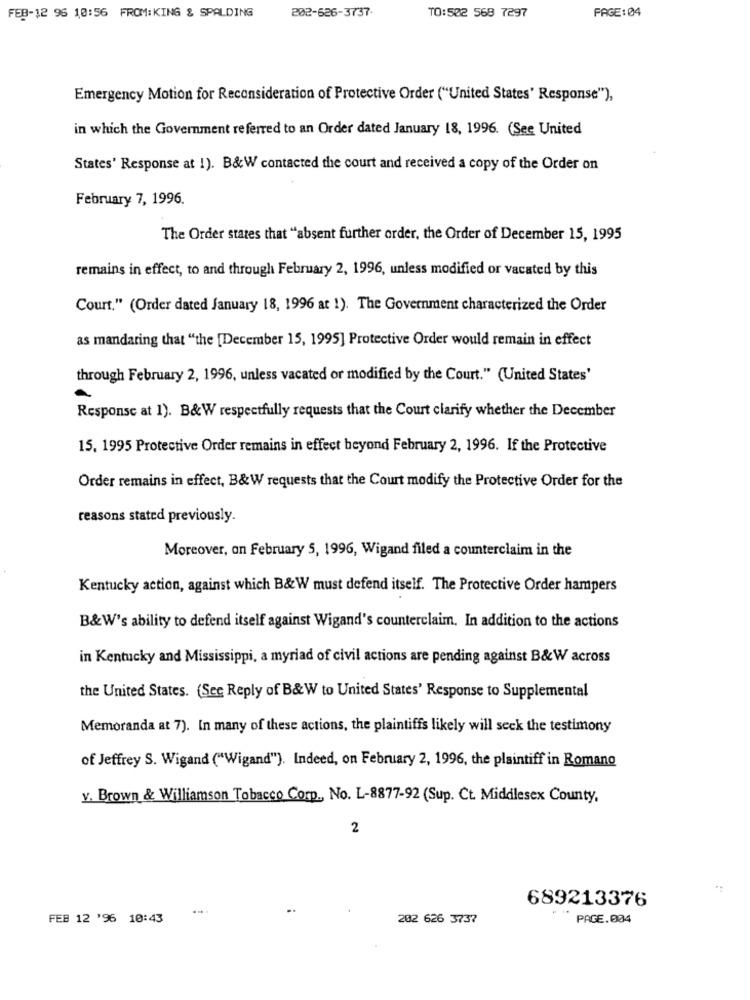
202-626-3737-
PAGE: 04
FEB-12 96 10:56 FROM:KING & SPALDING
TO:502 568 7297
Emergency Motion for Reconsideration of Protective Order ("United States' Response"),
in which the Government referred to an Order dated January 18, 1996. (See United
States' Response at 1). B&W contacted the court and received a copy of the Order on
February 7, 1996.
The Order states that "absent further order, the Order of December 15, 1995
remains in effect, to and through February 2, 1996, unless modified or vacated by this
Court." (Order dated January 18, 1996 at 1). The Government characterized the Order
as mandaring that "the [December 15, 1995] Protective Order would remain in effect
through February 2, 1996, unless vacated or modified by the Court." (United States'
Response at 1). B&W respectfully requests that the Court clarify whether the December
15. 1995 Protective Order remains in effect beyond February 2, 1996. If the Protective
Order remains in effect, B&W requests that the Court modify the Protective Order for the
reasons stated previously.
Moreover, on February 5, 1996, Wigand filed a counterclaim in the
Kentucky action, against which B&W must defend itself. The Protective Order hampers
B&W's ability to defend itself against Wigand's counterclaim. In addition to the actions
in Kentucky and Mississippi, a myriad of civil actions are pending against B&W across
the United States. (Sec Reply of B&W to United States' Response to Supplemental
Memoranda at 7). In many of these actions, the plaintiffs likely will seek the testimony
of Jeffrey S. Wigand ("Wigand"). Indeed, on February 2, 1996, the plaintiff in Romano
y. Brown & Williamson Tobacco Corp ., No. L-8877-92 (Sup. Ct. Middlesex County,
2
689213376
..
FEB 12 '96 10:43
202 626 3737
PAGE.004